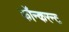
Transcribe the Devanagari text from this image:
कॉन्करन्ट